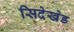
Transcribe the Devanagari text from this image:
सिदेखेड